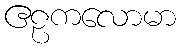
ဧဠကလောမာ